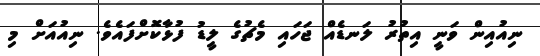
ނިއުއިން ވަނީ އިތުރު ލަނޑެއް ޖަހައި މެޗުގެ ލީޑު ފުޅާކޮށްފައެވެ. ނިއުއަށް މި